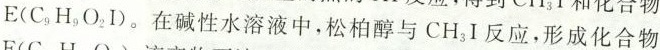
E（C_{9}H_{9}O_{2}I）。在碱性水溶液中，松柏醇与CH_{3}I反应，形成化合物